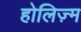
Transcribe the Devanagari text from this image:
होलिज़्म